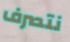
نتصرف